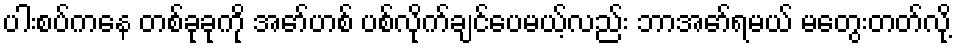
ပါးစပ်ကနေ တစ်ခုခုကို အော်ဟစ် ပစ်လိုက်ချင်ပေမယ့်လည်း ဘာအော်ရမယ် မတွေးတတ်လို့